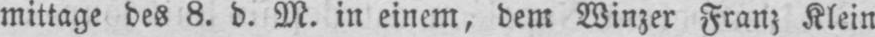
mittage des 8. d. M. in einem, dem Winzer Franz Klein